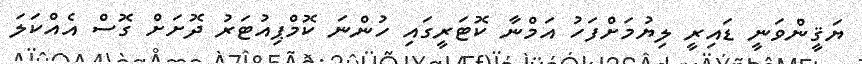
ޔަޤީންވަނީ ޑައިރީ ލިޔުމަށްފަހު އަމްނާ ކޮޓަރީގައި ހުންނަ ކޮމްޕިއުޓަރު ދޮށަށް ގޮސް އެއްކަލަ